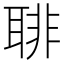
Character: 𦖕